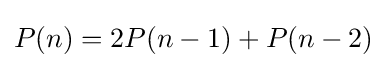
P(n)=2P(n-1)+P(n-2)